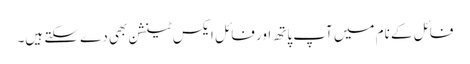
فائل کے نام میں آپ پاتھ اور فائل ایکس ٹینشن بھی دے سکتے ہیں۔